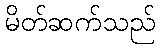
မိတ်ဆက်သည်